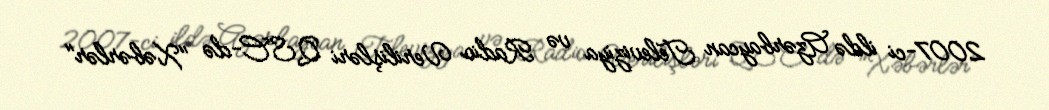
2007-ci ildə Azərbaycan Televiziya və Radio Verilişləri QSC-də "Xəbərlər"